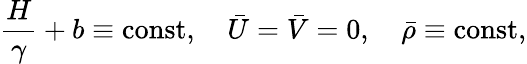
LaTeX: \frac{H}{\gamma}+b\equiv\textrm{const},\quad\bar{U}=\bar{V}=0,\quad\bar{\rho}\equiv\textrm{const},